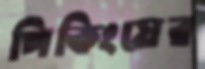
পিকিংয়ের